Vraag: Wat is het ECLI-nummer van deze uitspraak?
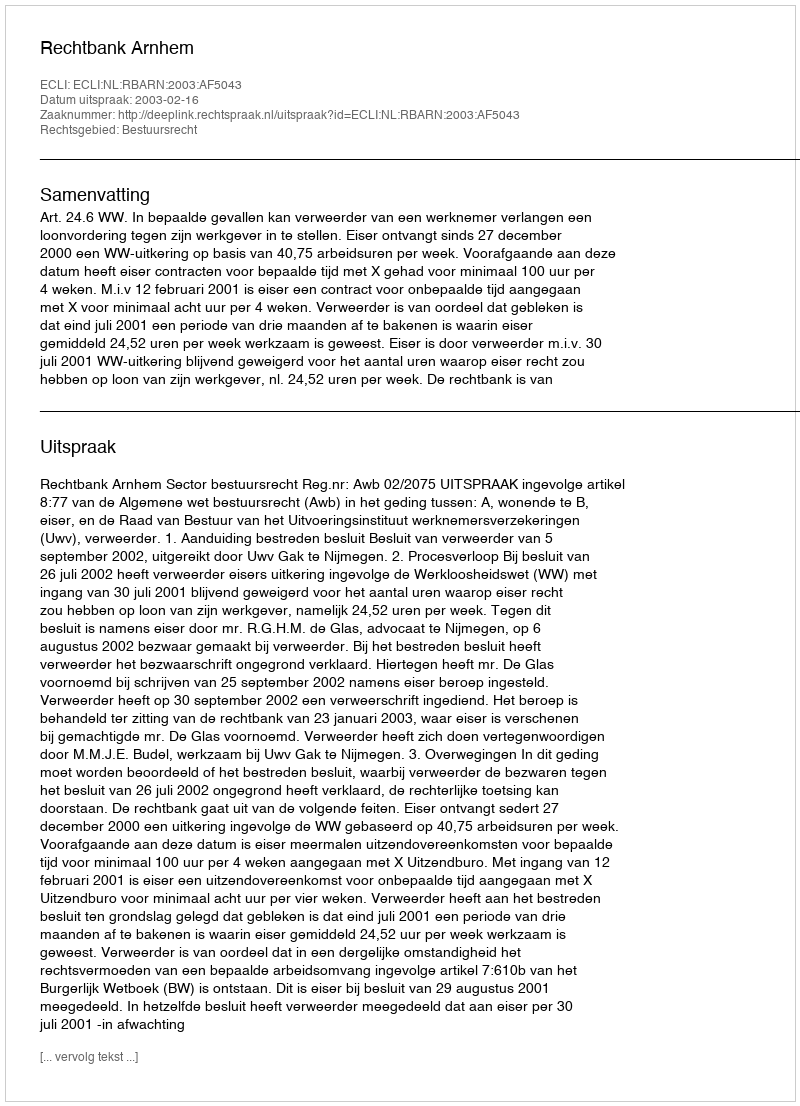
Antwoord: ECLI:NL:RBARN:2003:AF5043